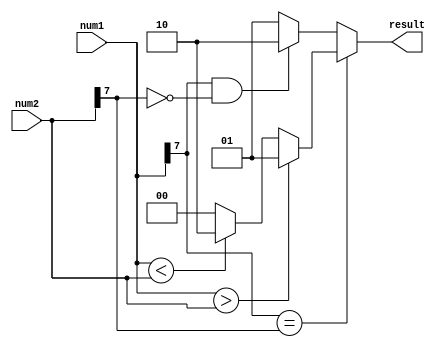
module signed_magnitude_comparator(
    input signed [7:0] num1,
    input signed [7:0] num2,
    output reg [1:0] result // 00: num1=num2, 01: num1>num2, 10: num1<num2
);

always @(*) begin
    if(num1[7] == num2[7]) begin
        if(num1 > num2)
            result = 2'b01; // num1 > num2
        else if(num1 < num2)
            result = 2'b10; // num1 < num2
        else
            result = 2'b00; // num1 == num2
    end
    else if(num1[7] == 1 && num2[7] == 0)
        result = 2'b10; // num1 is negative, num2 is positive
    else
        result = 2'b01; // num1 is positive, num2 is negative
end

endmodule